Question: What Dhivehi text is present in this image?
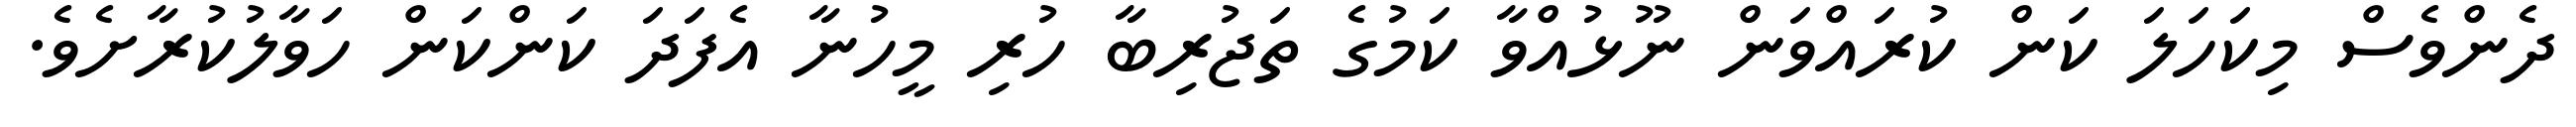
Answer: ދެންވެސް މިކަހަލަ ކަން ކުރައްވަން ނޫޅުއްވާ ކަމުގެ ތަޖުރިބާ ހުރި މީހުނާ އެފަދަ ކަންކަން ހަވާލުކުރާށެވެ.